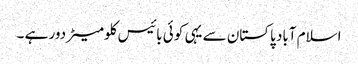
اسلام آباد پاکستان سے یہی کوئی بائیس کلومیٹر دور ہے ۔